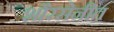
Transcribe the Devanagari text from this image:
शौरसेनीत